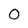
Character: 0